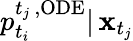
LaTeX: p_{t_{i}}^{{t_{j}}\, ,\mathrm{ODE}}|\, \mathbf{x}_{t_{j}}